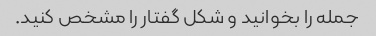
جمله را بخوانید و شکل گفتار را مشخص کنید.